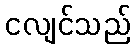
ငလျင်သည်